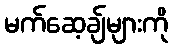
မက်ဆေ့ချ်များကို